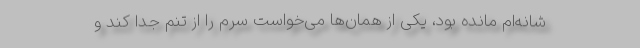
شانه‌ام مانده بود، یکی از همان‌ها می‌خواست سرم را از تنم جدا کند و